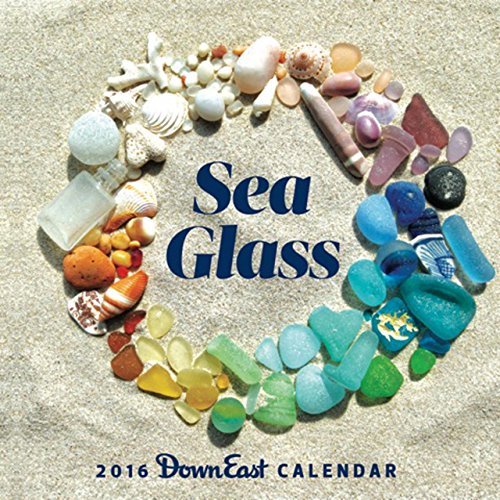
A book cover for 2016 Sea Glass Down East Wall Calendar; Editors of Down East; Calendars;